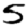
Digit: 5